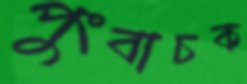
পুংবাচক